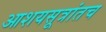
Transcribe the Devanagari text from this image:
आशयसूत्रांतच